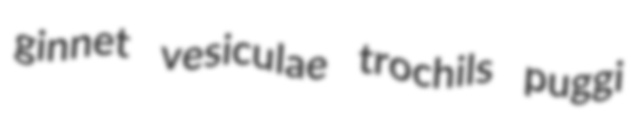
ginnet vesiculae trochils puggi